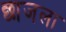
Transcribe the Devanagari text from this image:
छाजला